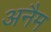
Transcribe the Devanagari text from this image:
अनैम